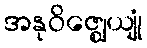
အနုဝိဇ္ဈေယျုံ